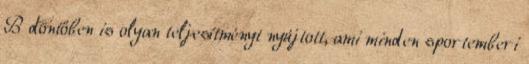
B döntőben is olyan teljesítményt nyújtott, ami minden sportemberi